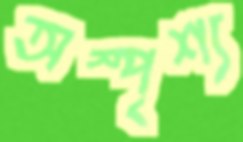
অস্পৃশ্য